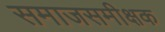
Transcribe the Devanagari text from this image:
समाजसमीक्षक